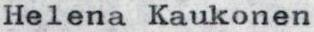
Helena Kaukonen